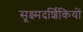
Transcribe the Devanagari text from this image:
सूक्ष्मदर्शिकियों